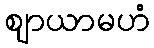
ဈာယာမဟံ